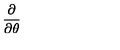
\frac { \partial } { \partial \theta } \protect \protect